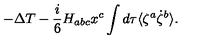
- \Delta T - \frac { i } { 6 } H _ { a b c } x ^ { c } \int d \tau \langle \zeta ^ { a } \dot { \zeta } ^ { b } \rangle .